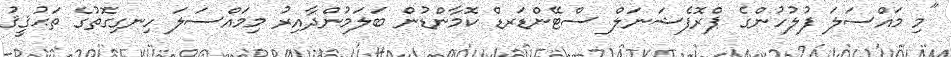
"މި މައްސަލަ ފުލުހުންގެ ޕްރޮފެޝަނަލް ސްޓޭންޑަރޑް ކޮމާންޑުން ބަލަމުންދާއިރު މިމައްސަލަ ހިނގިގޮތުގެ ތަޙުޤީޤު